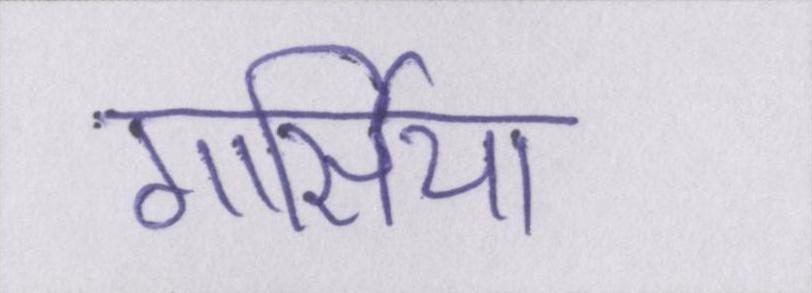
गार्सिया